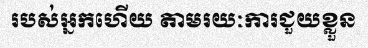
របស់អ្នកហើយ តាមរយៈការជួយខ្លួន